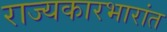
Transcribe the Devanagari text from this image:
राज्यकारभारांत